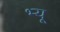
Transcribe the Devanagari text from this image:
भ्यू